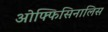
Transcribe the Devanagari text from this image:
ओफ्फिसिनालिस